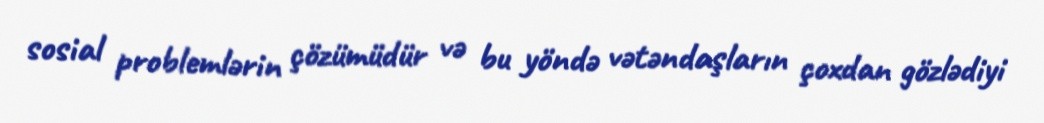
sosial problemlərin çözümüdür və bu yöndə vətəndaşların çoxdan gözlədiyi